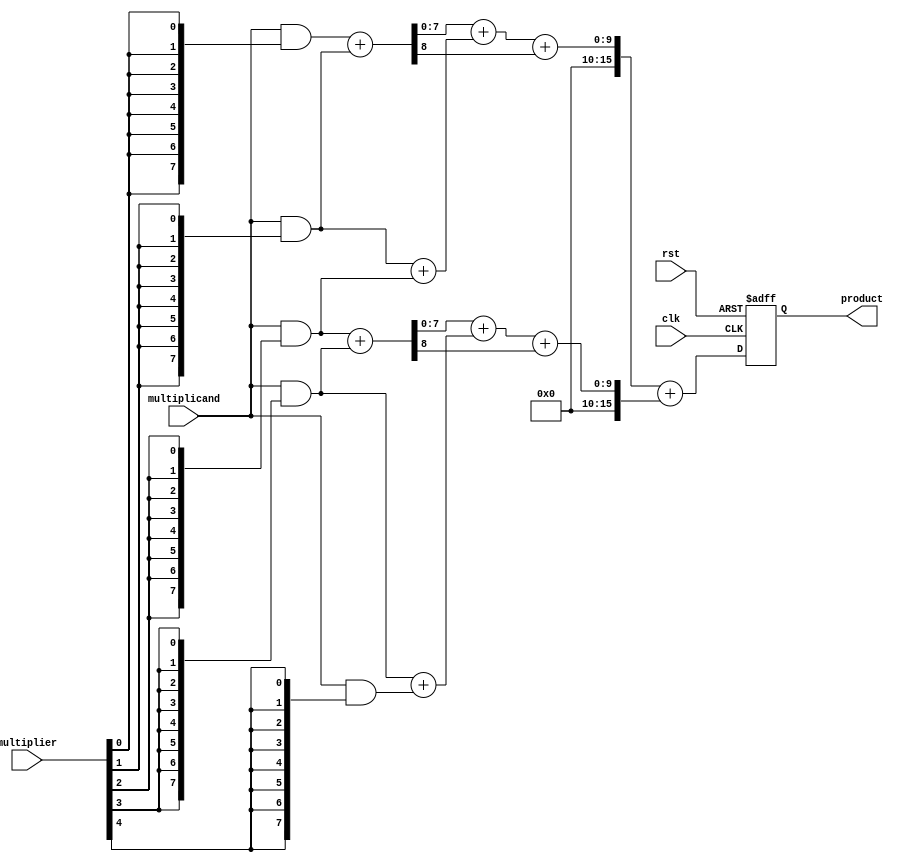
module WallaceTreeMultiplier #(
    parameter N = 8 // Bit width of the multiplier
)(
    input wire clk,
    input wire rst,
    input wire [N-1:0] multiplicand,
    input wire [N-1:0] multiplier,
    output reg [2*N-1:0] product
);

    // Partial product generation
    wire [N-1:0] pp [0:N-1]; // Partial products
    genvar i, j;
    generate
        for (i = 0; i < N; i = i + 1) begin : gen_partial_products
            assign pp[i] = multiplicand & {N{multiplier[i]}};
        end
    endgenerate

    // Wallace tree reduction
    wire [N-1:0] sum [0:N-1];
    wire [N-1:0] carry [0:N-1];
    
    // Stage 1: Reduce partial products
    generate
        for (i = 0; i < N; i = i + 1) begin : stage1
            if (i < N-1) begin
                assign {carry[i], sum[i]} = pp[i] + pp[i+1];
            end else begin
                assign sum[i] = pp[i];
                assign carry[i] = 0;
            end
        end
    endgenerate

    // Stage 2: Further reduction
    wire [N-1:0] sum2 [0:N-1];
    wire [N-1:0] carry2 [0:N-1];
    
    generate
        for (i = 0; i < N/2; i = i + 1) begin : stage2
            assign {carry2[i], sum2[i]} = sum[i*2] + sum[i*2+1] + carry[i*2];
        end
    endgenerate

    // Final addition
    wire [2*N-1:0] final_sum;
    wire [2*N-1:0] final_carry;
    
    assign final_sum = {carry2[0], sum2[0]} + {carry2[1], sum2[1]};
    
    // Register to hold the final product
    always @(posedge clk or posedge rst) begin
        if (rst) begin
            product <= 0;
        end else begin
            product <= final_sum;
        end
    end

endmodule